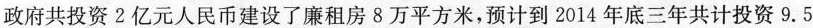
政府共投资2亿元人民币建设了廉租房8万平方米，预计到2014年底三年共计投资9.5